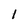
Character: l